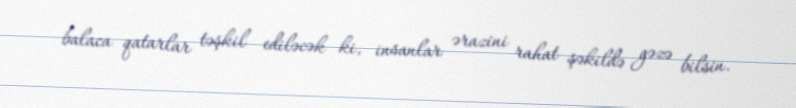
balaca qatarlar təşkil ediləcək ki, insanlar ərazini rahat şəkildə gəzə bilsin.